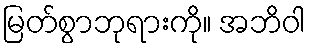
မြတ်စွာဘုရားကို။ အဘိဝါ